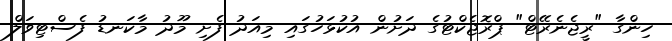
ހިންގާ "ރީޖެނެރޭޓް" ޕްރޮޖެކްޓުގެ ދަށުން އުކުޅަހުގައި މިއަދު ފެށި މޫދު މާކަނޑު ފެސްޓިވަލް